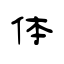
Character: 体